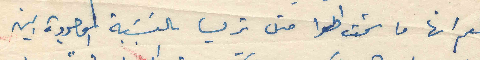
نعم انها ما شمت الهوا متل تريسا بالنسبة الموجودة بين